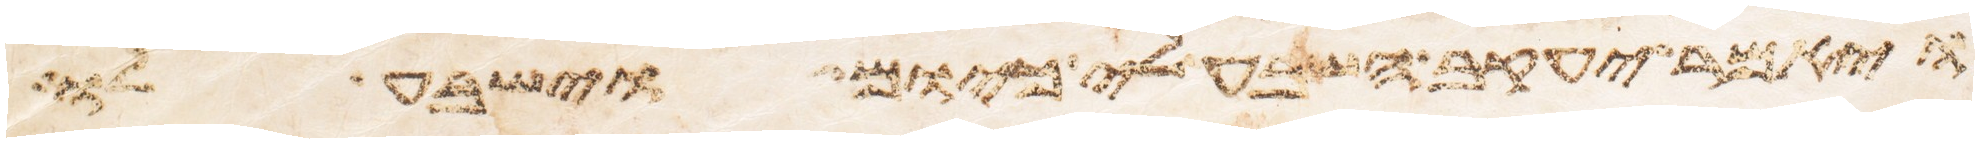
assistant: ויאמר יעקב השבע לי כיום וישבע לו